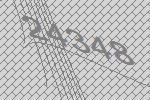
24348